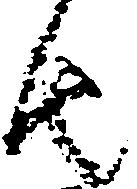
由